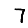
Digit: 7